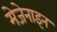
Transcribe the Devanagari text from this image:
मेजेनाइन